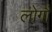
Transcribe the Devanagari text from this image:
लोगौं